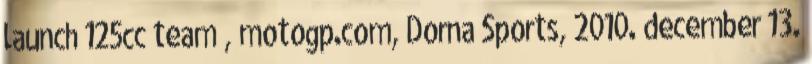
launch 125cc team”, motogp.com, Dorna Sports, 2010. december 13.